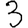
Digit: 3